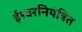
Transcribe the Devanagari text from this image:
ईश्वरनियंत्रित